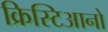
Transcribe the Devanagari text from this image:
क्रिस्टिआनो